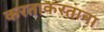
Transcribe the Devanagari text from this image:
करताकरताना